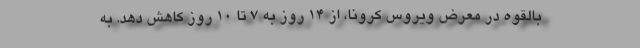
بالقوه در معرض ویروس کرونا، از ۱۴ روز به ۷ تا ۱۰ روز کاهش دهد. به